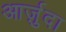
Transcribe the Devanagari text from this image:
आर्ज़ुदा